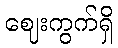
ဈေးကွက်ရှိ